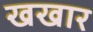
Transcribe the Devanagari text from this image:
खखार